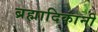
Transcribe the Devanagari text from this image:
ब्रह्मादिकांनी